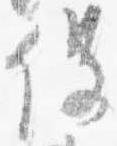
役